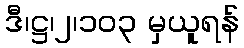
ဒီ၊ဋ္ဌ၊၂၊၁၀၃ မှယူရန်